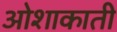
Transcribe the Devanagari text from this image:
ओशाकाती